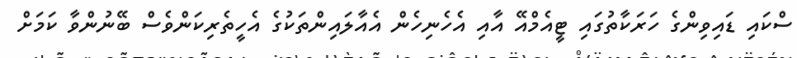
ސްކައި ޑައިވިންގެ ހަރަކާތުގައި ޓީއެމްއޭ އާއި އެހެނިހެން އެއާލައިންތަކުގެ އެހީތެރިކަންވެސް ބޭނުންވާ ކަމަށް